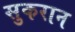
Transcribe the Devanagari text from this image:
सुकरान